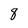
Character: 8